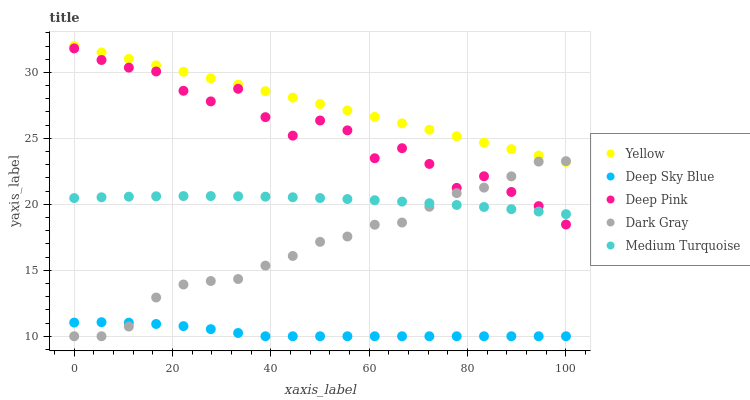
| xaxis_label | Yellow | Deep Sky Blue | Deep Pink | Dark Gray | Medium Turquoise |
 | --- | --- | --- | --- | --- | --- |
 | 0 | 32 | 11 | 31.8 | 10 | 20.5 |
 | 5.56 | 31.5 | 11.1 | 30.9 | 10 | 20.5 |
 | 11.1 | 31 | 11 | 30.4 | 10.7 | 20.6 |
 | 16.7 | 30.5 | 10.9 | 30.1 | 12.9 | 20.6 |
 | 22.2 | 30 | 10.8 | 28.6 | 13.9 | 20.6 |
 | 27.8 | 29.6 | 10.5 | 27.8 | 14.2 | 20.6 |
 | 33.3 | 29.1 | 10.2 | 28.8 | 14.3 | 20.6 |
 | 38.9 | 28.6 | 10 | 26.6 | 15.4 | 20.6 |
 | 44.4 | 28.1 | 10 | 25.2 | 16.1 | 20.5 |
 | 50 | 27.6 | 10 | 26.4 | 17.2 | 20.5 |
 | 55.6 | 27.1 | 10 | 25.6 | 17.6 | 20.4 |
 | 61.1 | 26.6 | 10 | 23.5 | 18.5 | 20.3 |
 | 66.7 | 26.1 | 10 | 24.3 | 18.6 | 20.2 |
 | 72.2 | 25.7 | 10 | 23.1 | 19.8 | 20.1 |
 | 77.8 | 25.2 | 10 | 21.2 | 20.8 | 19.9 |
 | 83.3 | 24.7 | 10 | 22.1 | 21.3 | 19.8 |
 | 88.9 | 24.2 | 10 | 20.9 | 22.1 | 19.6 |
 | 94.4 | 23.7 | 10 | 19.9 | 23.2 | 19.5 |
 | 100 | 23.2 | 10 | 18.5 | 23.3 | 19.3 |